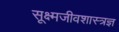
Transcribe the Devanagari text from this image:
सूक्ष्मजीवशास्त्रज्ञ